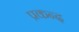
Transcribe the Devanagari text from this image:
प्रकन्द